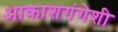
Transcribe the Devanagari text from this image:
आकाशगंगेशी